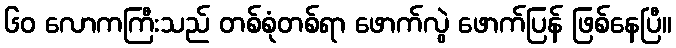
၆၀ လောကကြီးသည် တစ်စုံတစ်ရာ ဖောက်လွဲ ဖောက်ပြန် ဖြစ်နေပြီ။